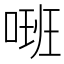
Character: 𠺚